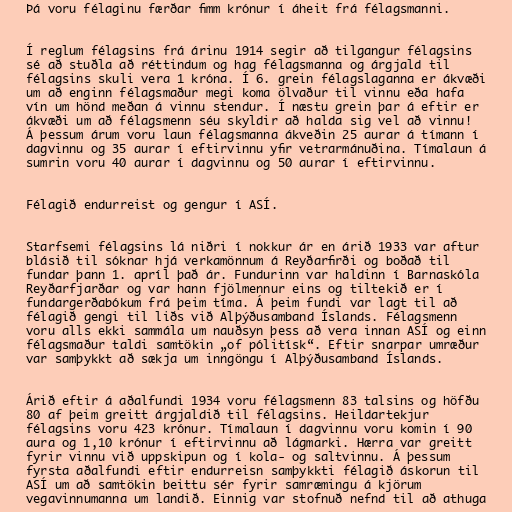
Þá voru félaginu færðar fimm krónur í áheit frá félagsmanni.

Í reglum félagsins frá árinu 1914 segir að tilgangur félagsins
sé að stuðla að réttindum og hag félagsmanna og árgjald til
félagsins skuli vera 1 króna. Í 6. grein félagslaganna er ákvæði
um að enginn félagsmaður megi koma ölvaður til vinnu eða hafa
vín um hönd meðan á vinnu stendur. Í næstu grein þar á eftir er
ákvæði um að félagsmenn séu skyldir að halda sig vel að vinnu!
Á þessum árum voru laun félagsmanna ákveðin 25 aurar á tímann í
dagvinnu og 35 aurar í eftirvinnu yfir vetrarmánuðina. Tímalaun á
sumrin voru 40 aurar í dagvinnu og 50 aurar í eftirvinnu.

Félagið endurreist og gengur í ASÍ.

Starfsemi félagsins lá niðri í nokkur ár en árið 1933 var aftur
blásið til sóknar hjá verkamönnum á Reyðarfirði og boðað til
fundar þann 1. apríl það ár. Fundurinn var haldinn í Barnaskóla
Reyðarfjarðar og var hann fjölmennur eins og tiltekið er í
fundargerðabókum frá þeim tíma. Á þeim fundi var lagt til að
félagið gengi til liðs við Alþýðusamband Íslands. Félagsmenn
voru alls ekki sammála um nauðsyn þess að vera innan ASÍ og einn
félagsmaður taldi samtökin „of pólitísk“. Eftir snarpar umræður
var samþykkt að sækja um inngöngu í Alþýðusamband Íslands.

Árið eftir á aðalfundi 1934 voru félagsmenn 83 talsins og höfðu
80 af þeim greitt árgjaldið til félagsins. Heildartekjur
félagsins voru 423 krónur. Tímalaun í dagvinnu voru komin í 90
aura og 1,10 krónur í eftirvinnu að lágmarki. Hærra var greitt
fyrir vinnu við uppskipun og í kola- og saltvinnu. Á þessum
fyrsta aðalfundi eftir endurreisn samþykkti félagið áskorun til
ASÍ um að samtökin beittu sér fyrir samræmingu á kjörum
vegavinnumanna um landið. Einnig var stofnuð nefnd til að athuga